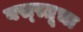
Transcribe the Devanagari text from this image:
वस्स्तूचा